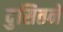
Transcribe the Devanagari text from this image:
दुसितने